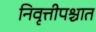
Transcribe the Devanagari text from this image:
निवृत्तीपश्चात